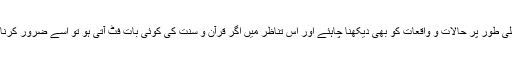
ہمیں عملی طور پر حالات و واقعات کو بھی دیکھنا چاہئے اور اس تناظر میں اگر قرآن و سنت کی کوئی بات فٹ آتی ہو تو اسے ضرور کرنا چاہئے۔